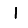
Digit: 1